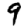
Digit: 9